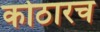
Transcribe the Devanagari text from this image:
कोठारच